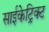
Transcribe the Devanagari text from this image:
साईकेट्रिक्ट